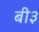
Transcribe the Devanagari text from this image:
बी३